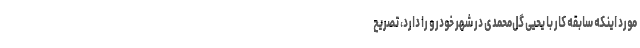
مورد اینکه سابقه کار با یحیی گل‌محمدی در شهر خودرو را دارد، تصریح